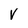
Character: V